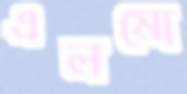
এলমো